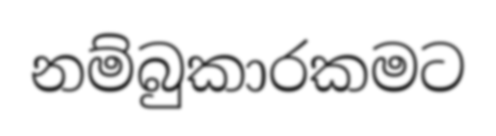
නම්බුකාරකමට